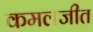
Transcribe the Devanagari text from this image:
कमलजीत